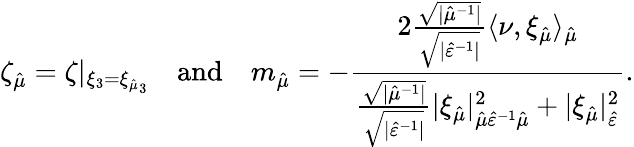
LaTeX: \zeta_{\hat{\mu}}=\zeta\vert_{{\xi_{3}=\xi_{\hat{\mu}}}_{3}}\quad\mathrm{and}\quad m_{\hat{\mu}}=-\frac{2\frac{\sqrt{\lvert\hat{\mu}^{-1}\rvert}}{\sqrt{\lvert\hat{\varepsilon}^{-1}\rvert}}\langle\nu,\xi_{\hat{\mu}}\rangle_{\hat{\mu}}}{\frac{\sqrt{\lvert\hat{\mu}^{-1}\rvert}}{\sqrt{\lvert\hat{\varepsilon}^{-1}\rvert}}\lvert\xi_{\hat{\mu}}\rvert_{\hat{\mu}\hat{\varepsilon}^{-1}\hat{\mu}}^{2}+\lvert\xi_{\hat{\mu}}\rvert_{\hat{\varepsilon}}^{2}}.